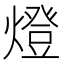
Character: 燈